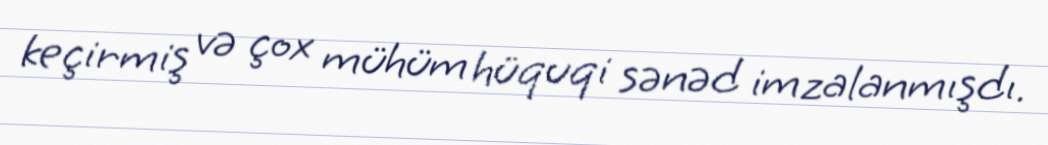
keçirmiş və çox mühüm hüquqi sənəd imzalanmışdı.